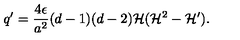
q ^ { \prime } = \frac { 4 \epsilon } { a ^ { 2 } } ( d - 1 ) ( d - 2 ) { \cal H } ( { \cal H } ^ { 2 } - { \cal H } ^ { \prime } ) .